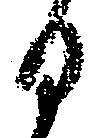
日